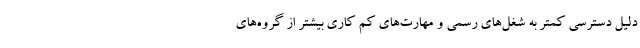
دلیل دسترسی کمتر به شغل‌های رسمی و مهارت‌های کم کاری بیشتر از گروه‌های